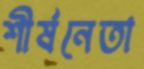
শীর্ষনেতা